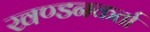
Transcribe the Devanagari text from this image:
खण्डनकर्ता